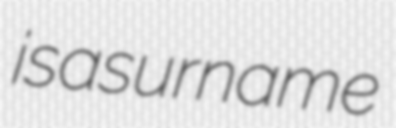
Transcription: is a surname